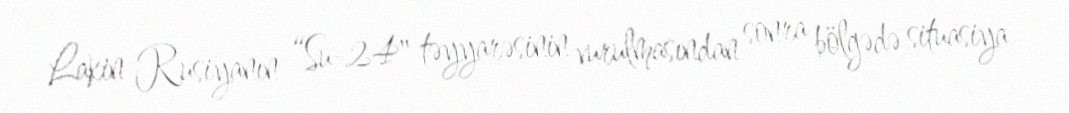
Lakin Rusiyanın “Su-24" təyyarəsinin vurulmasından sonra bölgədə situasiya